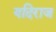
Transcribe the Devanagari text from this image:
यदिराज